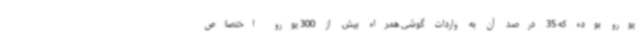
یورو بوده که 35 درصد آن به واردات گوشی همراه بیش از 300 یورو اختصاص